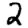
Digit: 2